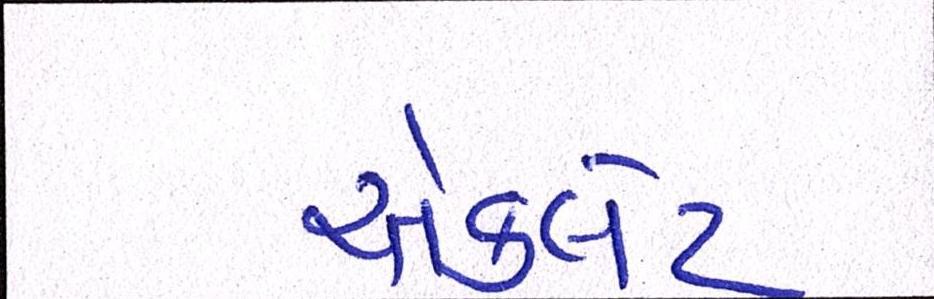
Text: ચૉકલેટ